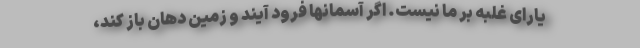
یارای غلبه بر ما نیست. اگر آسمانها فرود آیند و زمین دهان باز کند،